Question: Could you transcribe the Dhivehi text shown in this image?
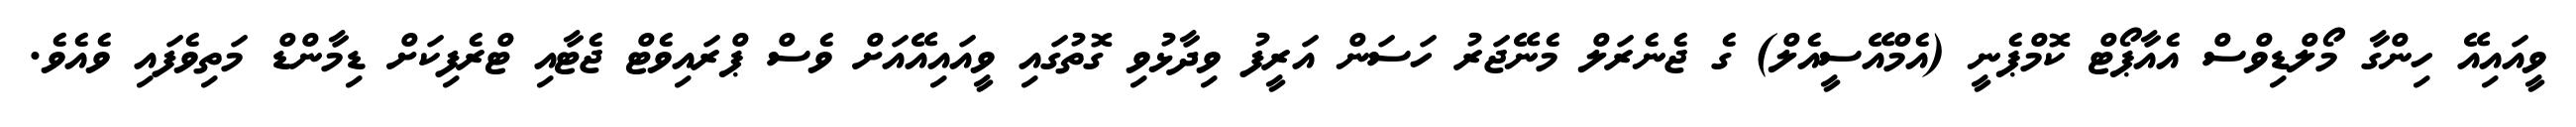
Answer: ވީއައިއޭ ހިންގާ މޯލްޑިވްސް އެއާޕޯޓް ކޮމްޕެނީ (އެމްއޭސީއެލް) ގެ ޖެނެރަލް މެނޭޖަރު ހަސަން އަރީފު ވިދާޅުވި ގޮތުގައި ވީއައިއޭއަށް ވެސް ޕްރައިވެޓް ޖެޓާއި ޓްރެފިކަށް ޑިމާންޑް މަތިވެފައި ވެއެވެ.